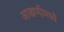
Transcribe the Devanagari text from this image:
आखणीमध्ये